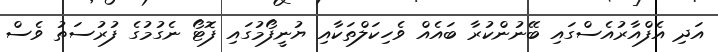
އަދި އެފްއާރުއެސްގައި ބޭނުންކުރާ ބައެއް ވެހިކަލްތަކާއި ޔުނީފޯމުގައި ފޮޓޯ ނެގުމުގެ ފުރުސަތު ވެސް